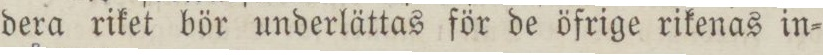
dera riket bör underlättas för de öfrige rikenas in=